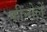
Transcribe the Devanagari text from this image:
फीनोलें